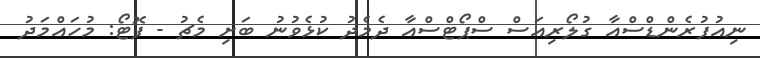
ނިއުފުރެންޑްސްއާ ގުލޯރިއަސް ސްޕޯޓްސްއާ ދެމެދު ކުޅެވުނު ބަށި މެޗު - ފޮޓޯ: މުހައްމަދު